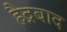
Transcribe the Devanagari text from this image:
हैद्रबाद